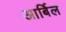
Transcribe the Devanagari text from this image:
आर्बिल